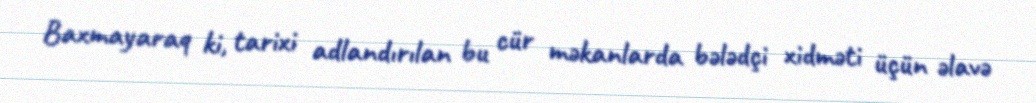
Baxmayaraq ki, tarixi adlandırılan bu cür məkanlarda bələdçi xidməti üçün əlavə